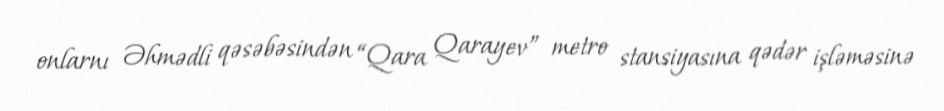
onlarnı Əhmədli qəsəbəsindən “Qara Qarayev” metro stansiyasına qədər işləməsinə